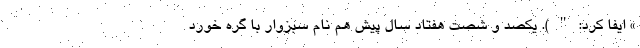
» ایفا کرد: " ). یکصد و شصت هفتاد سال پیش هم نام سبزوار با گره خورد